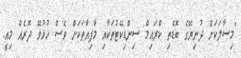
"މިސާލަކަށް ދުނިޔޭގެ ބޮޑެތި ކްރައިމް ސިންޑިކޭޓުތަކާއި މާފިއާތަކަށް ވެސް ހުޅުވޭ ދޮރެއް މިއީ.